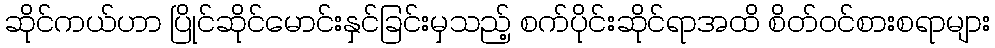
ဆိုင်ကယ်ဟာ ပြိုင်ဆိုင်မောင်းနှင်ခြင်းမှသည့် စက်ပိုင်းဆိုင်ရာအထိ စိတ်ဝင်စားစရာများ